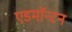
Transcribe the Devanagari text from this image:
एडमाॅन्टन